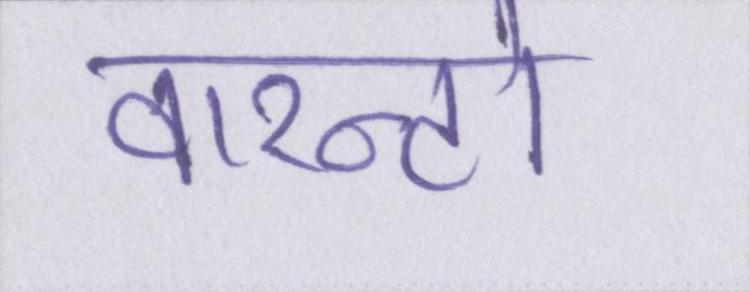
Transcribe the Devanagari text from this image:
वारन्टो